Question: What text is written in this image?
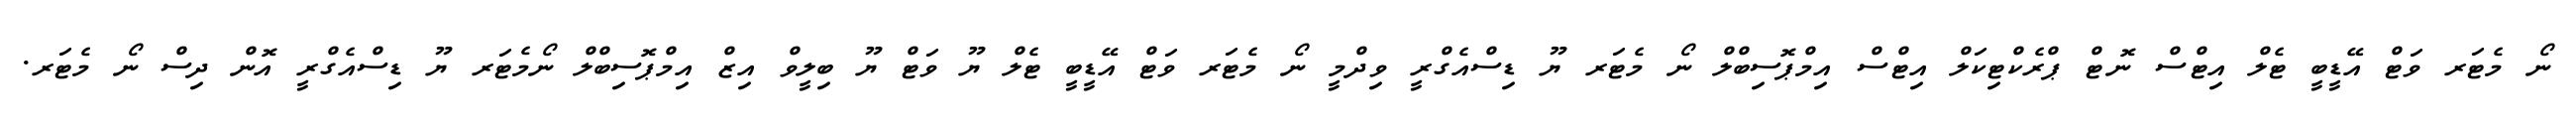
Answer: ނޯ މެޓަރ ވަޓް އޭޑީބީ ޓެލް އިޓްސް ނޮޓް ޕްރެކްޓިކަލް އިޓްސް އިމްޕޮސިބްލް ނޯ މެޓަރ ޔޫ ޑިސްއެގްރީ ވިދްމީ ނޯ މެޓަރ ވަޓް އޭޑީބީ ޓެލް ޔޫ ވަޓް ޔޫ ބިލީވް އިޒް އިމްޕޮސިބްލް ނޯމެޓަރ ޔޫ ޑިސްއެގްރީ އޮން ދިސް ނޯ މެޓަރ.